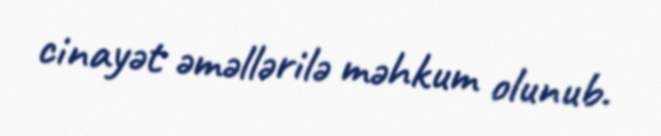
cinayət əməllərilə məhkum olunub.